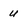
Character: u